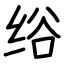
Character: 绤